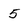
Character: 5